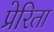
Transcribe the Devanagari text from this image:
प्रेरिता